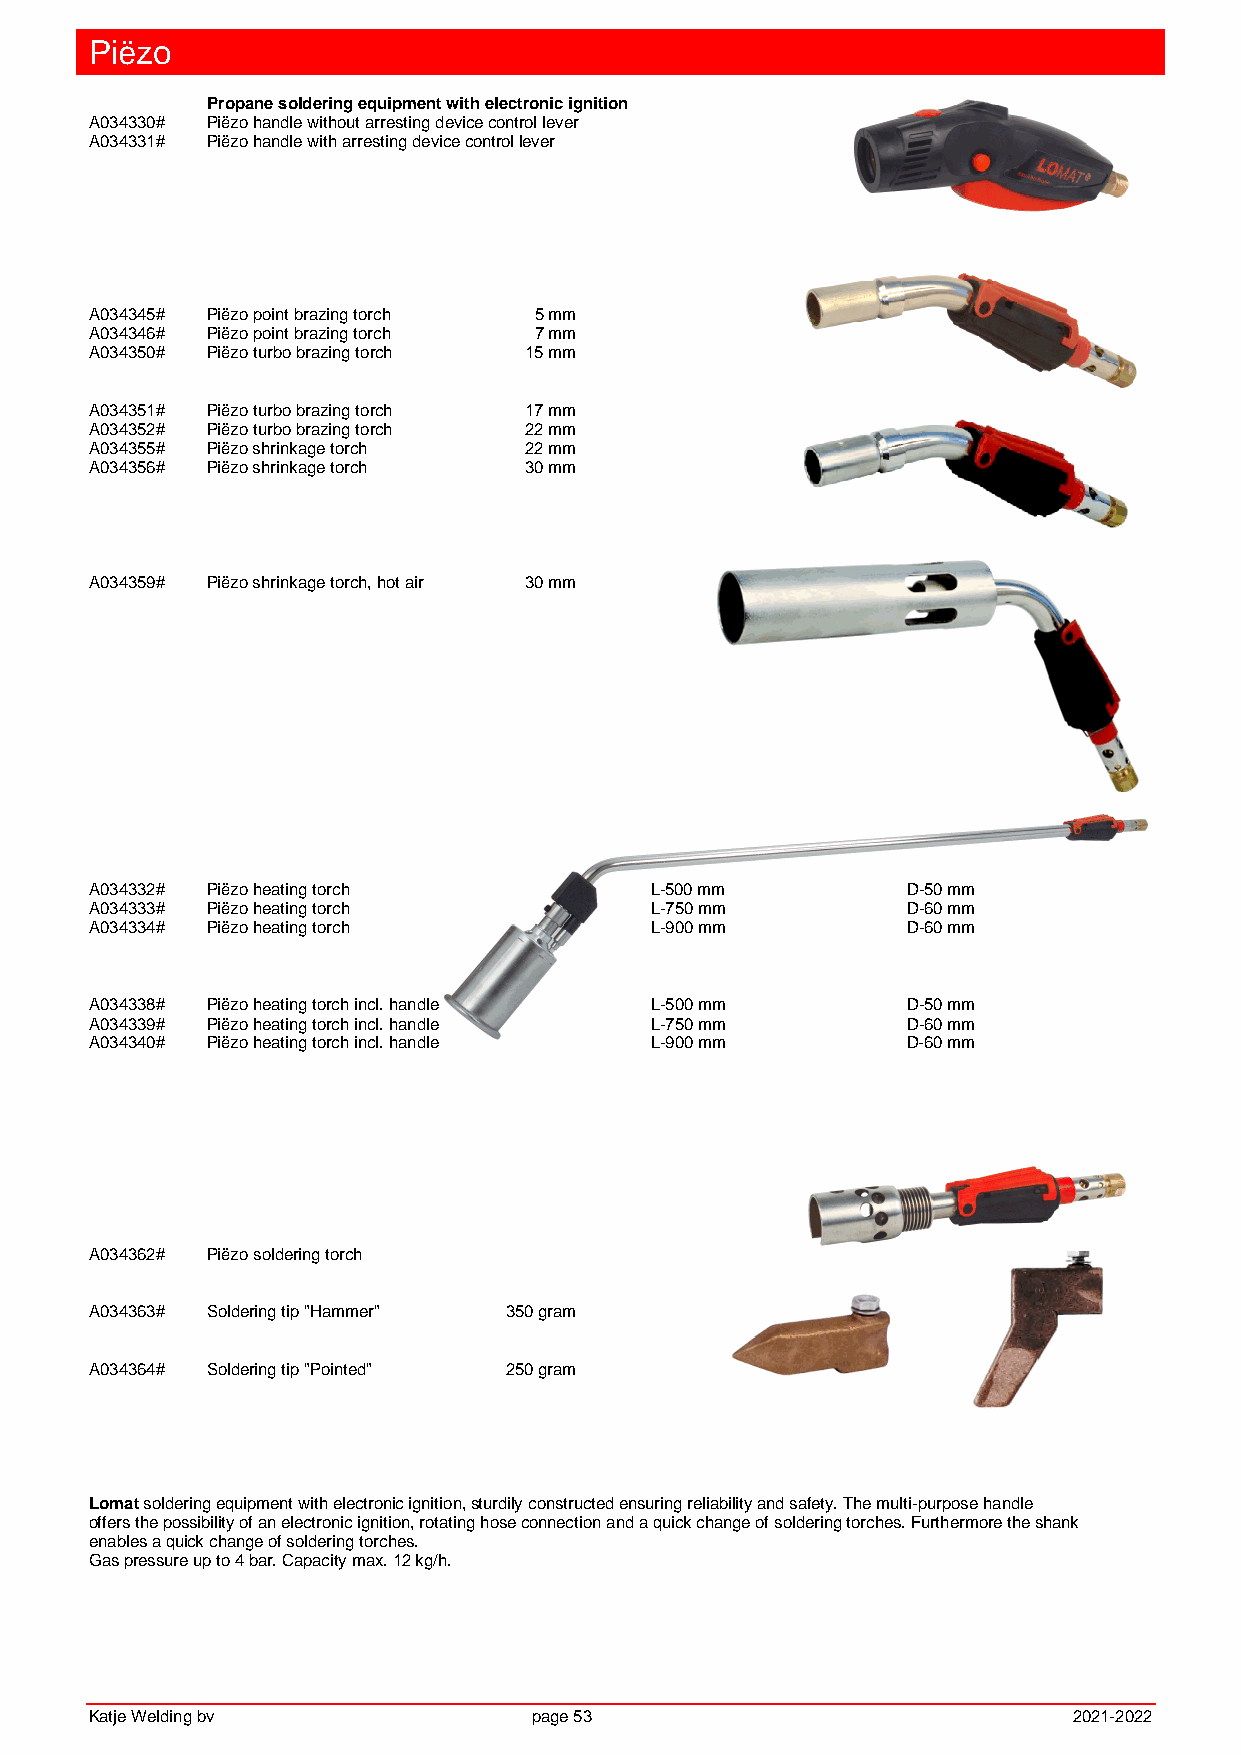
Piëzo
 Propane soldering equipment with electronic ignition
 A034330# Piëzo handle without arresting device control lever
 A034331# Piëzo handle with arresting device control lever
 A034345# Piëzo point brazing torch 5 mm
 A034346# Piëzo point brazing torch 7 mm
 A034350# Piëzo turbo brazing torch 15 mm
 A034351# Piëzo turbo brazing torch 17 mm
 A034352# Piëzo turbo brazing torch 22 mm
 A034355# Piëzo shrinkage torch 22 mm
 A034356# Piëzo shrinkage torch 30 mm
 A034359# Piëzo shrinkage torch, hot air 30 mm
 A034332# Piëzo heating torch         L-500 mm         D-50 mm
 A034333# Piëzo heating torch         L-750 mm         D-60 mm
 A034334# Piëzo heating torch         L-900 mm         D-60 mm
 A034338# Piëzo heating torch incl. handle L-500 mm    D-50 mm
 A034339# Piëzo heating torch incl. handle L-750 mm    D-60 mm
 A034340# Piëzo heating torch incl. handle L-900 mm    D-60 mm
 A034362# Piëzo soldering torch
 A034363# Soldering tip "Hammer" 350 gram
 A034364# Soldering tip "Pointed" 250 gram
 Lomat soldering equipment with electronic ignition, sturdily constructed ensuring reliability and safety. The multi-purpose handle
 offers the possibility of an electronic ignition, rotating hose connection and a quick change of soldering torches. Furthermore the shank
 enables a quick change of soldering torches.
 Gas pressure up to 4 bar. Capacity max. 12 kg/h.
 Katje Welding bv             page 53                             2021-2022